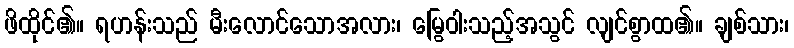
ဖိထိုင်၏။ ရဟန်းသည် မီးလောင်သောအလား၊ မြွေဝါးသည့်အသွင် လျင်စွာထ၏။ ချစ်သား၊